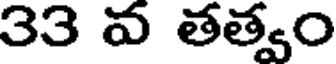
33 వ తత్వం